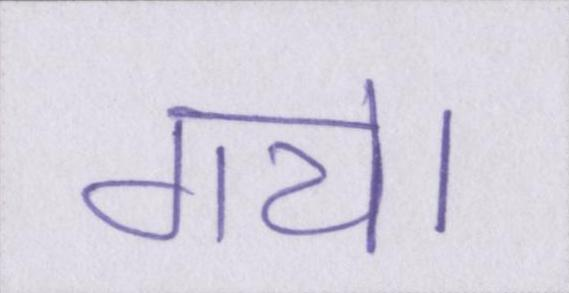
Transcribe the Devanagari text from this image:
गये।